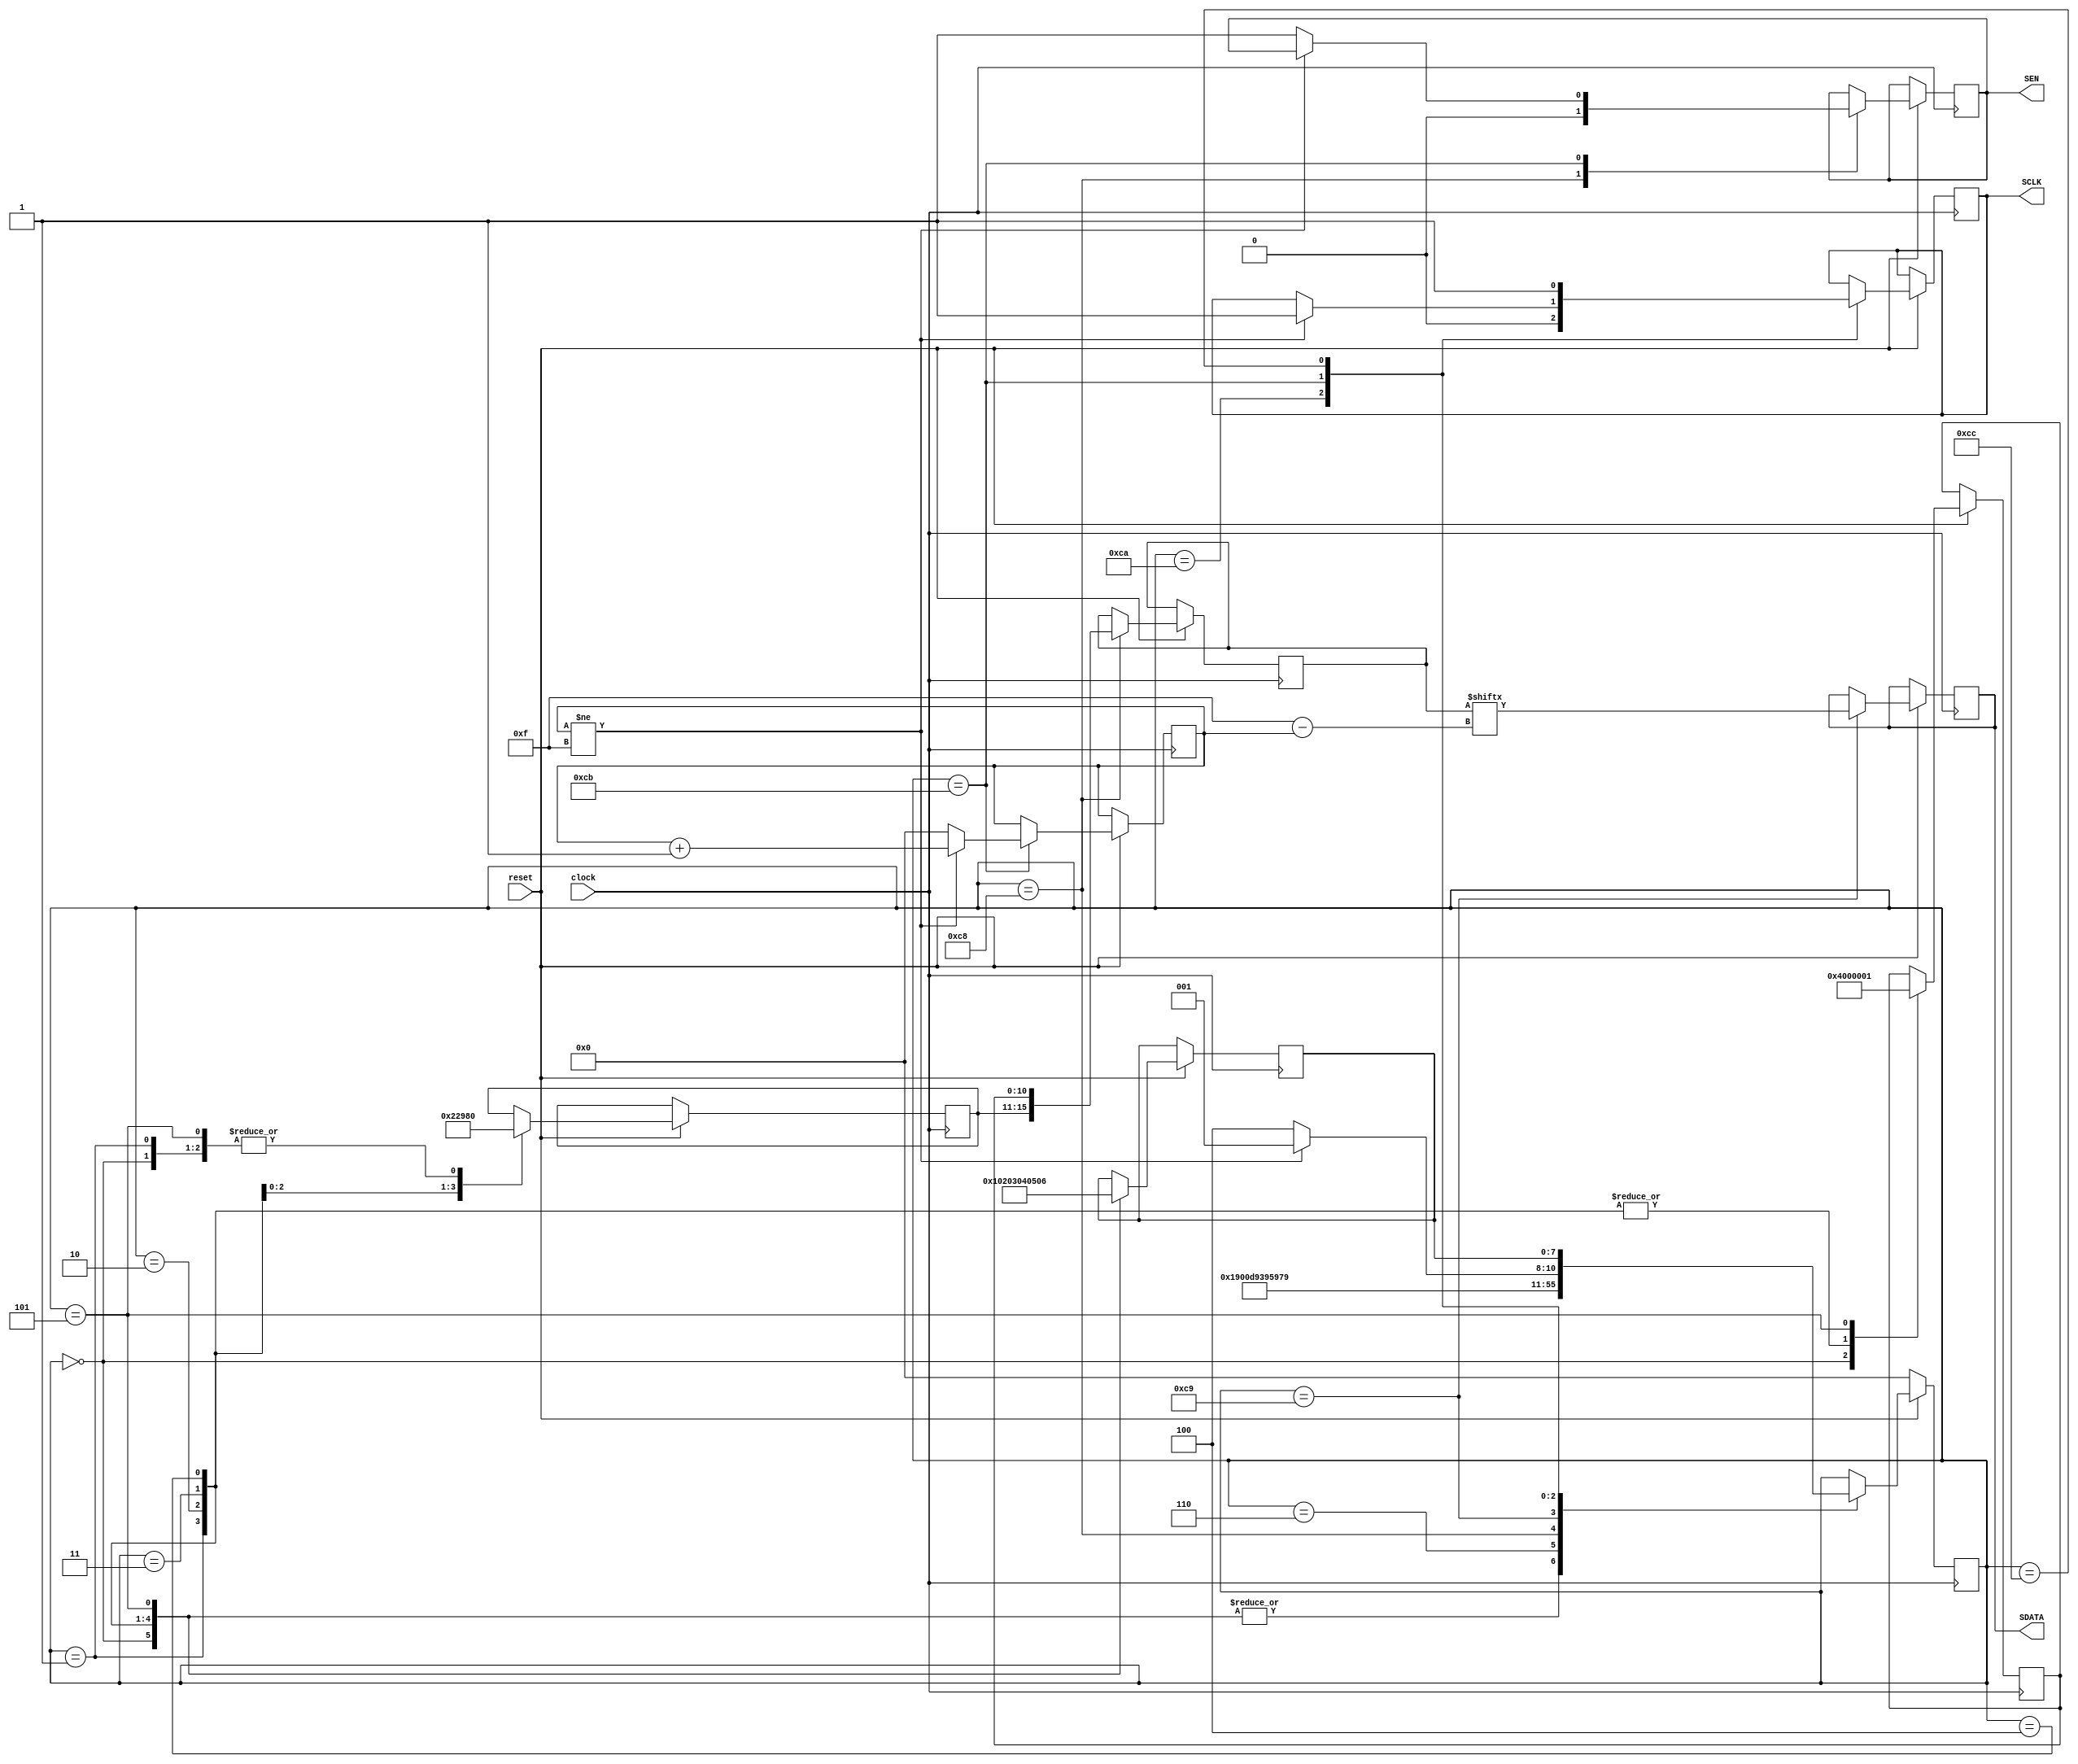
// SPI master

module adc_init (
   input clock,
	input reset,
	output reg SCLK,
	output reg SDATA,
	output reg SEN
	);
	
	
	
	
	// state mashine for initial
	reg [7:0] state, return_state;
	reg [4:0] address;
	reg [10:0] data;
	reg [15:0] word;
	reg [7:0] bit_cnt;
	//
	//wire gain; // Coarse gain 0-3.5dB or 2Vpp - 1.34Vpp maximum range
	//reg [2:0] fine_gain; // 0 - 6 dB gain
	
	initial
	begin
	   state = 0;
		bit_cnt = 0;
		SEN = 1;
		SCLK = 1;
	end
	
	always @(posedge clock)
	begin
	   if (!reset)
		begin
		   state <= 0;;
		end
	   else
	   case (state)
	   0: begin   // reset device
		      address <= 5'd0;
				data <= 11'b00_00001_0000;
				return_state <= 1;
				state <= 200;
			end	
	   1: begin
		      address <= 5'h00;
				data <= 11'b00_0000_00000;;
				return_state <= 2;
				state <= 200;
			end	
	   2: begin
		      address <= 5'h04;
				data <= 11'b00_0000_00000;
				return_state <= 3;
				state <= 200;
			end	
	   3: begin
		      address <= 5'h0A;
				data <= 11'b0_00_000_00000;
				return_state <= 4;
				state <= 200;
			end	
	   4: begin
		      address <= 5'h0C;
				data <= 11'b00_0000_00000;
				return_state <= 5;
				state <= 200;
			end
		5: begin
			   address <= 5'h00;
				data <= 11'd1;
				return_state <= 6;
				state <= 200;  
			end
      6: state <= 6;
	
		
		
	 200:	begin word <= {address, data}; SEN <= 0; state <= 201; end
	 201: begin SDATA <= word[15 - bit_cnt]; state <= 202; end
	 202: begin SCLK <= 0; state <= 203; end
	 203: if (bit_cnt != 15) begin bit_cnt <= bit_cnt +1'd1; SCLK <= 1; state <= 201; end
	      else begin bit_cnt <= 0; SEN <= 1; state <= 204; end
	 204: begin SCLK <= 1; state <= return_state; end		
	   endcase	
	
	end
   
	//
 
 
endmodule